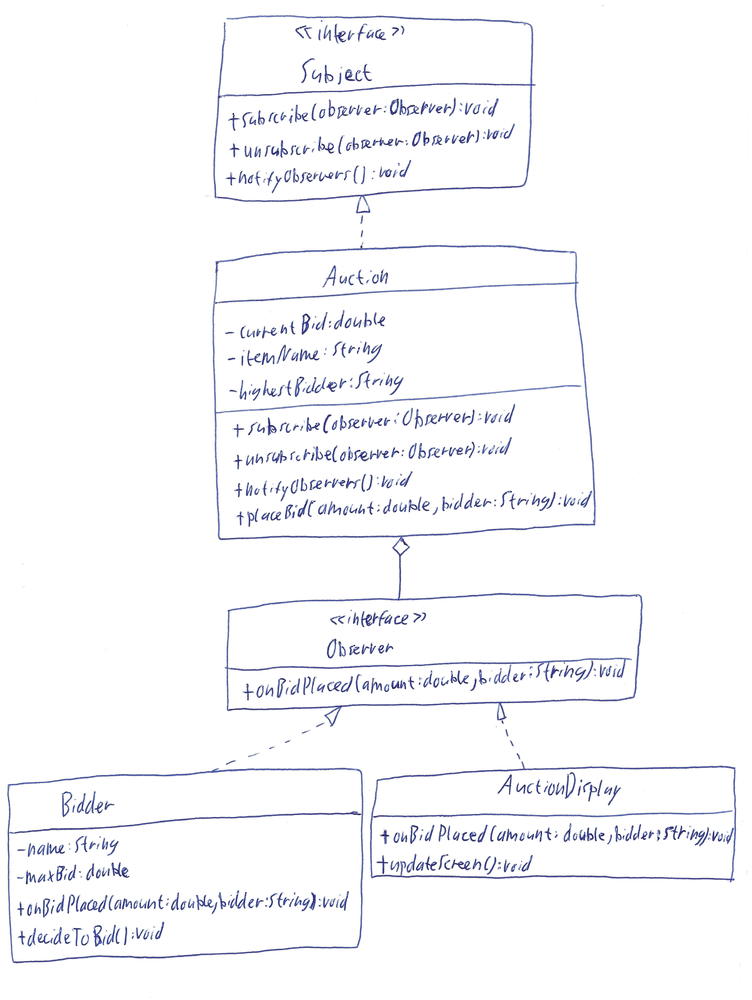
Diagram type: class_diagram
```plantuml
@startuml

interface Subject {
  + subscribe(observer: Observer): void
  + unsubscribe(observer: Observer): void
  + notifyObservers(): void
}

class Auction implements Subject {
  - currentBid: double
  - itemName: String
  - highestBidder: String
  + subscribe(observer: Observer): void
  + unsubscribe(observer: Observer): void
  + notifyObservers(): void
  + placeBid(amount: double, bidder: String): void
}

interface Observer {
  + onBidPlaced(amount: double, bidder: String): void
}

class Bidder implements Observer {
  - name: String
  - maxBid: double
  + onBidPlaced(amount: double, bidder: String): void
  + decideToBid(): void
}

class AuctionDisplay implements Observer {
  + onBidPlaced(amount: double, bidder: String): void
  + updateScreen(): void
}

Auction o-- Observer

@enduml
```